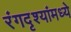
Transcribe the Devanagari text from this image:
रंगदृश्यांमध्ये